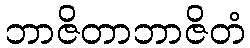
ဘာဇိတာဘာဇိတံ